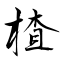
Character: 楂